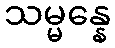
သမ္မန္နေ